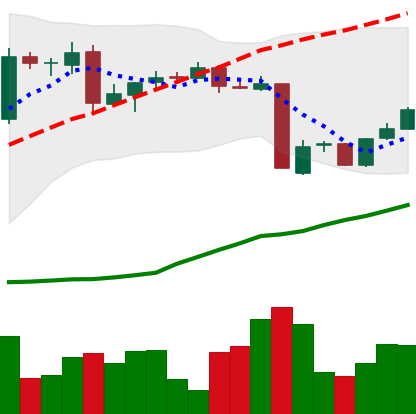
Ticker: BTC-USD
Chart end date: 2016-05-25
Forward return: 18.742%
Label: up_7plus